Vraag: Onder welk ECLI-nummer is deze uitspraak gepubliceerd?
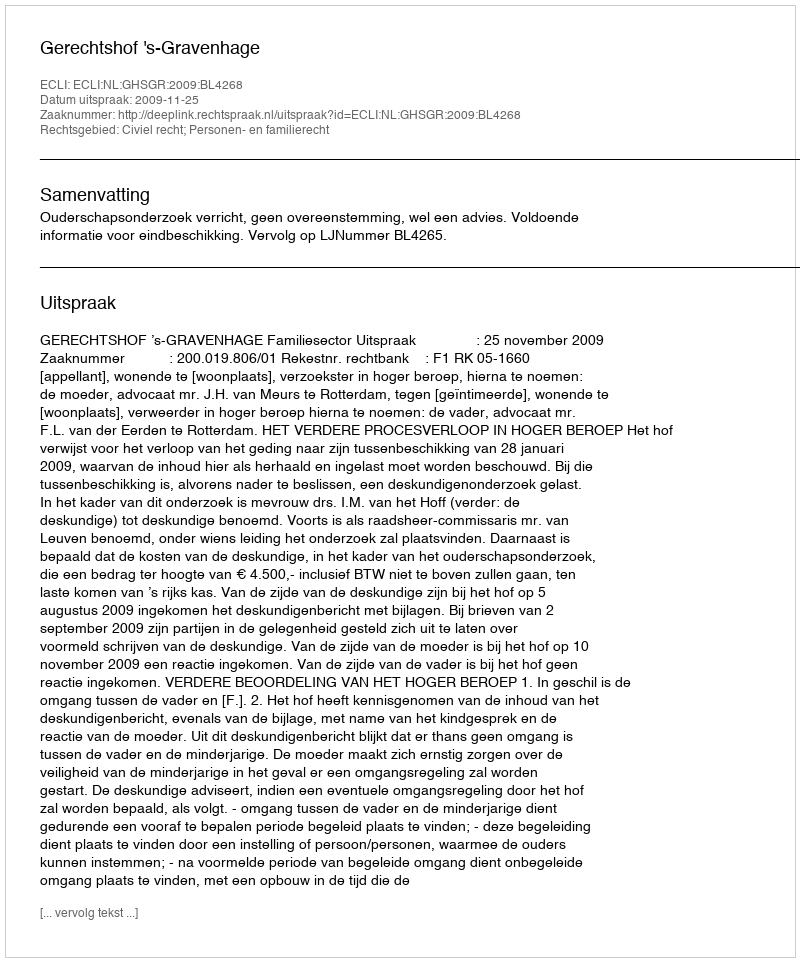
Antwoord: ECLI:NL:GHSGR:2009:BL4268